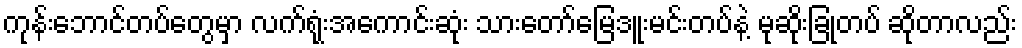
ကုန်းဘောင်တပ်တွေမှာ လက်ရုံးအကောင်းဆုံး သားတော်မြေဒူးမင်းတပ်နဲ့ မုဆိုးခြုံတပ် ဆိုတာလည်း